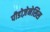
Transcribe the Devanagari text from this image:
पीडोज़ेनेसिस